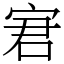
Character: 宭